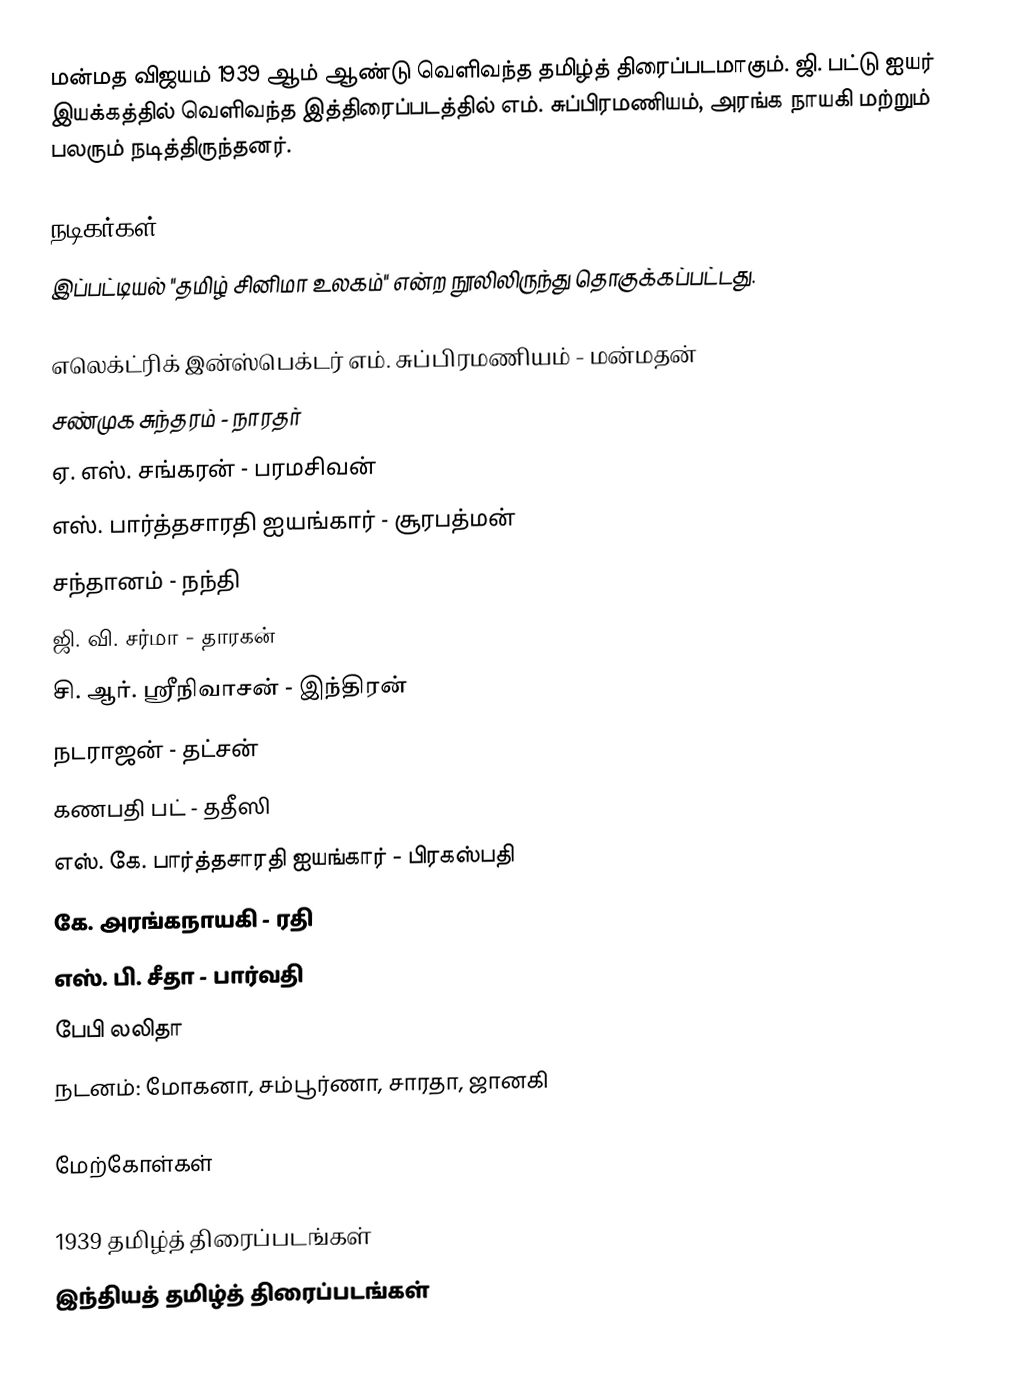
மன்மத விஜயம் 1939 ஆம் ஆண்டு வெளிவந்த தமிழ்த் திரைப்படமாகும். ஜி. பட்டு ஐயர் இயக்கத்தில் வெளிவந்த இத்திரைப்படத்தில் எம். சுப்பிரமணியம், அரங்க நாயகி மற்றும் பலரும் நடித்திருந்தனர்.

நடிகர்கள்
இப்பட்டியல் "தமிழ் சினிமா உலகம்" என்ற நூலிலிருந்து தொகுக்கப்பட்டது.

எலெக்ட்ரிக் இன்ஸ்பெக்டர் எம். சுப்பிரமணியம் - மன்மதன்
சண்முக சுந்தரம் - நாரதர்
ஏ. எஸ். சங்கரன் - பரமசிவன்
எஸ். பார்த்தசாரதி ஐயங்கார் - சூரபத்மன்
சந்தானம் - நந்தி
ஜி. வி. சர்மா - தாரகன்
சி. ஆர். ஸ்ரீநிவாசன் - இந்திரன்
நடராஜன் - தட்சன்
கணபதி பட் - ததீஸி
எஸ். கே. பார்த்தசாரதி ஐயங்கார் - பிரகஸ்பதி
கே. அரங்கநாயகி - ரதி
எஸ். பி. சீதா - பார்வதி
பேபி லலிதா
நடனம்: மோகனா, சம்பூர்ணா, சாரதா, ஜானகி

மேற்கோள்கள்

1939 தமிழ்த் திரைப்படங்கள்
இந்தியத் தமிழ்த் திரைப்படங்கள்